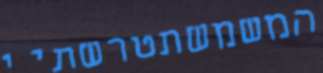
המשמשתטרשתיי